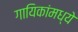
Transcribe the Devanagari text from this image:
गायिकांमध्ये